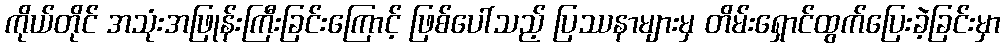
ကိုယ်တိုင် အသုံးအဖြုန်းကြီးခြင်းကြောင့် ဖြစ်ပေါ်သည့် ပြဿနာများမှ တိမ်းရှောင်ထွက်ပြေးခဲ့ခြင်းမှာ